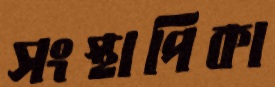
সংস্থাপিকা